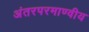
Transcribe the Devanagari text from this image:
अंतरपरमाण्वीय